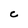
Character: C